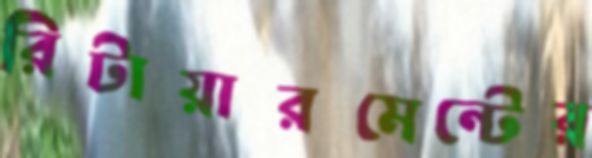
রিটায়ারমেন্টের